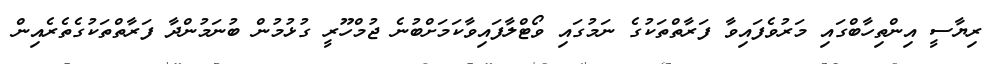
ރިޔާސީ އިންތިހާބްގައި މަރުވެފައިވާ ފަރާތްތަކުގެ ނަމުގައި ވޯޓްލާފައިވާކަމަށްބުނެ ޖުމްހޫރީ ގުޅުމުން ބުނަމުންދާ ފަރާތްތަކުގެތެރެއިން